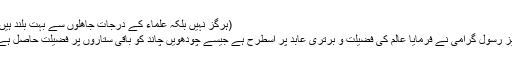
(ہرگز نہیں بلکہ علماء کے درجات جاھلوں سے بہت بلند ہیں)
نیز رسول گرامیؐ نے فرمایا عالم کی فضیلت و برتری عابد پر اسطرح ہے جیسے چودھویں چاند کو باقی ستاروں پر فضیلت حاصل ہے۔